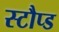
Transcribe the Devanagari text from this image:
स्टौप्ड